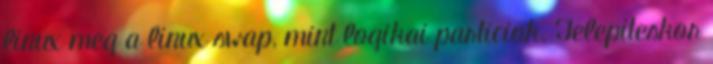
linux meg a linux swap, mint logikai particiok. Telepiteskor